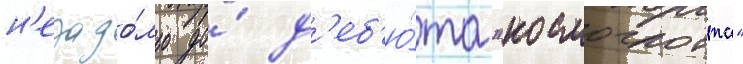
н'езадо́лго до́ д'еб'ю́та "космоглотта"